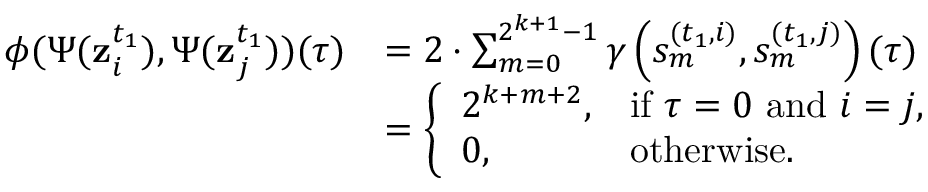
\begin{array} { r l } { \phi ( \Psi ( \mathbf { z } _ { i } ^ { t _ { 1 } } ) , \Psi ( \mathbf { z } _ { j } ^ { t _ { 1 } } ) ) ( \tau ) } & { = 2 \cdot \sum _ { m = 0 } ^ { 2 ^ { k + 1 } - 1 } \gamma \left( s _ { m } ^ { ( t _ { 1 } , i ) } , s _ { m } ^ { ( t _ { 1 } , j ) } \right) ( \tau ) } \\ & { = \left\{ \begin{array} { l l } { 2 ^ { k + m + 2 } , } & { \mathrm { i f } \ \tau = 0 \ \mathrm { a n d } \ i = j , } \\ { 0 , } & { \mathrm { o t h e r w i s e } . } \end{array} \right. } \end{array}